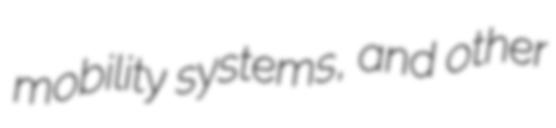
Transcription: mobility systems, and other